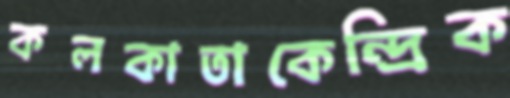
কলকাতাকেন্দ্রিক